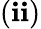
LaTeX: (\mathbf{i}\mathbf{i})